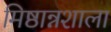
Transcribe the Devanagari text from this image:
मिष्ठान्नशाला